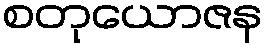
စတုယောဇန